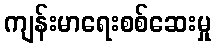
ကျန်းမာရေးစစ်ဆေးမှု